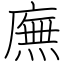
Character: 廡